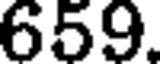
659.